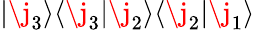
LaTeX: \lvert\j_{3}\rangle\langle\j_{3}\lvert\j_{2}\rangle\langle\j_{2}\lvert\j_{1}\rangle